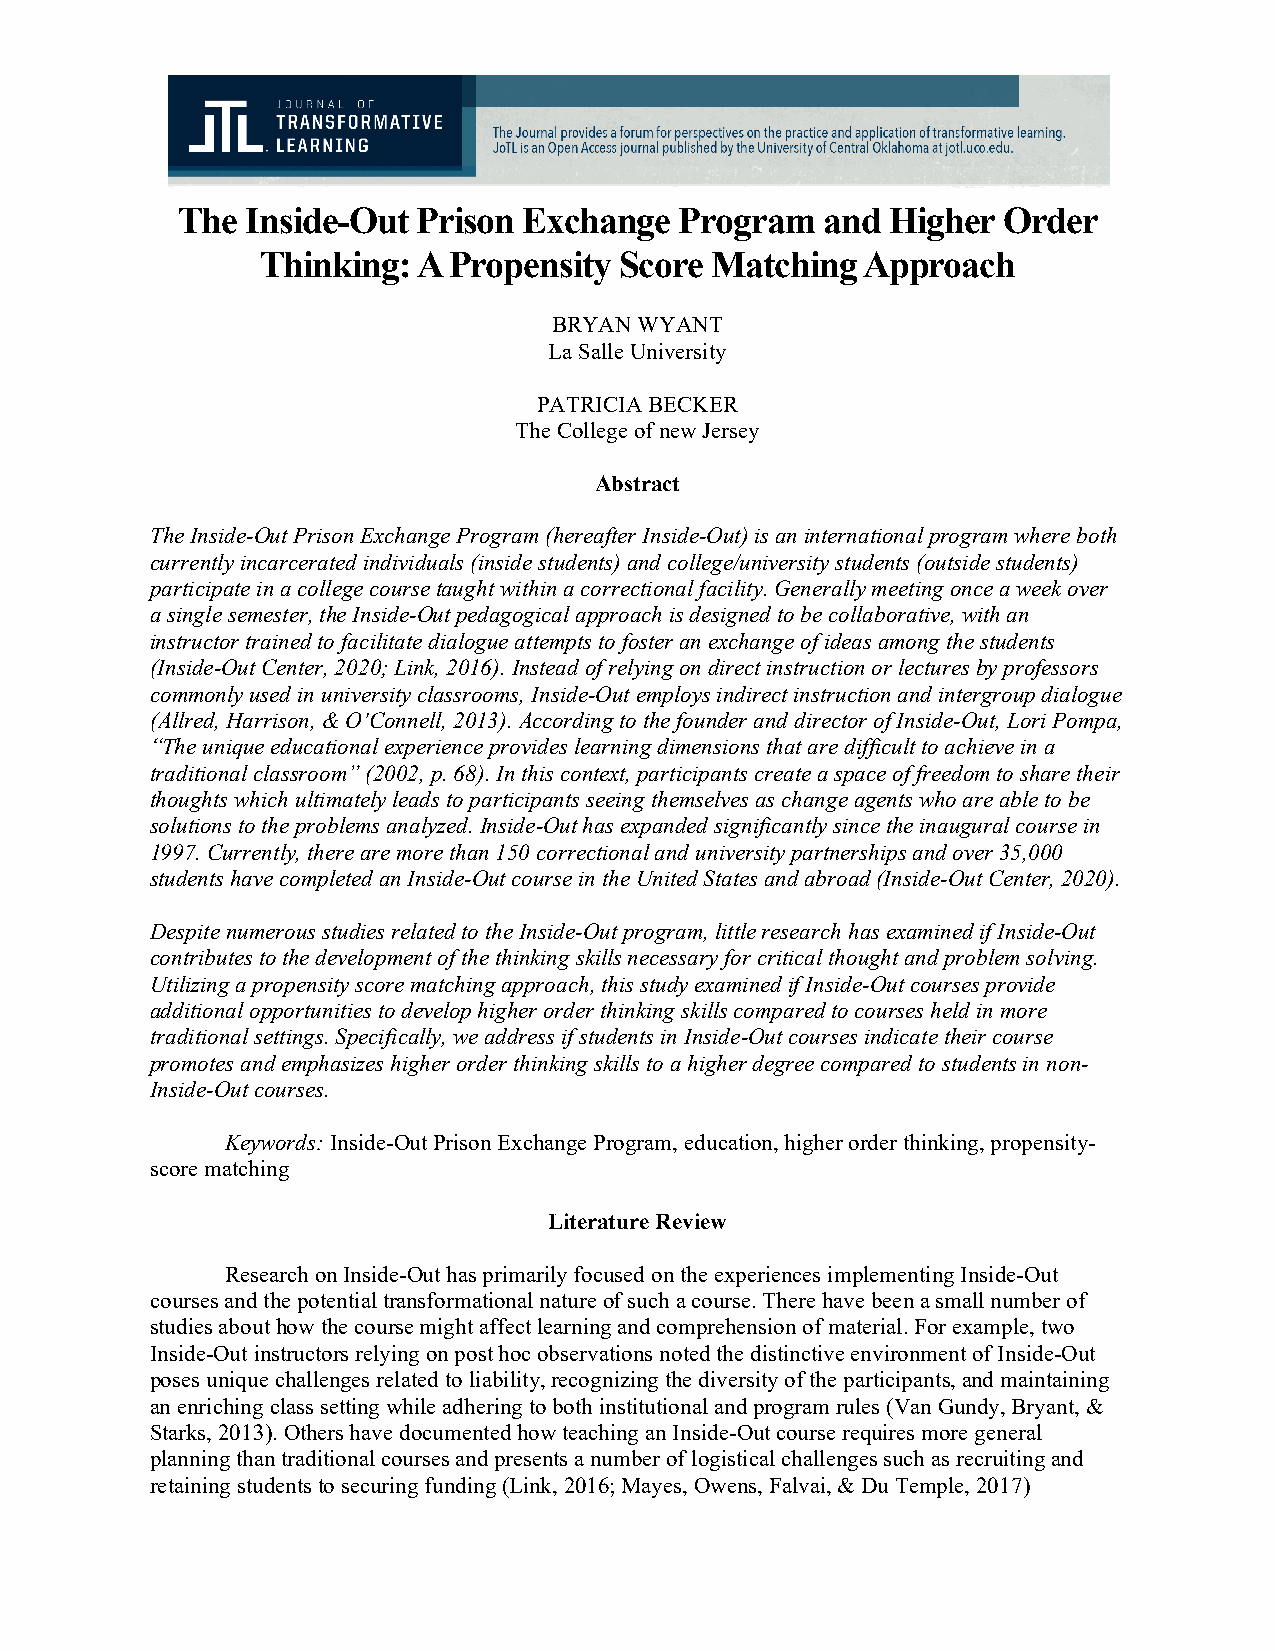
The Inside-Out  Prison Exchange  Program   and Higher Order
 Thinking:  A Propensity Score Matching  Approach
 BRYAN WYANT
 La Salle University
 PATRICIA BECKER
 The College of new Jersey
 Abstract
 The Inside-Out Prison Exchange Program (hereafter Inside-Out) is an international program where both
 currently incarcerated individuals (inside students) and college/university students (outside students)
 participate in a college course taught within a correctional facility. Generally meeting once a week over
 a single semester, the Inside-Out pedagogical approach is designed to be collaborative, with an
 instructor trained to facilitate dialogue attempts to foster an exchange of ideas among the students
 (Inside-Out Center, 2020; Link, 2016). Instead of relying on direct instruction or lectures by professors
 commonly used in university classrooms, Inside-Out employs indirect instruction and intergroup dialogue
 (Allred, Harrison, & O’Connell, 2013). According to the founder and director of Inside-Out, Lori Pompa,
 “The unique educational experience provides learning dimensions that are difficult to achieve in a
 traditional classroom” (2002, p. 68). In this context, participants create a space of freedom to share their
 thoughts which ultimately leads to participants seeing themselves as change agents who are able to be
 solutions to the problems analyzed. Inside-Out has expanded significantly since the inaugural course in
 1997. Currently, there are more than 150 correctional and university partnerships and over 35,000
 students have completed an Inside-Out course in the United States and abroad (Inside-Out Center, 2020).
 Despite numerous studies related to the Inside-Out program, little research has examined if Inside-Out
 contributes to the development of the thinking skills necessary for critical thought and problem solving.
 Utilizing a propensity score matching approach, this study examined if Inside-Out courses provide
 additional opportunities to develop higher order thinking skills compared to courses held in more
 traditional settings. Specifically, we address if students in Inside-Out courses indicate their course
 promotes and emphasizes higher order thinking skills to a higher degree compared to students in non-
 Inside-Out courses.
 Keywords: Inside-Out Prison Exchange Program, education, higher order thinking, propensity-
 score matching
 Literature Review
 Research on Inside-Out has primarily focused on the experiences implementing Inside-Out
 courses and the potential transformational nature of such a course. There have been a small number of
 studies about how the course might affect learning and comprehension of material. For example, two
 Inside-Out instructors relying on post hoc observations noted the distinctive environment of Inside-Out
 poses unique challenges related to liability, recognizing the diversity of the participants, and maintaining
 an enriching class setting while adhering to both institutional and program rules (Van Gundy, Bryant, &
 Starks, 2013). Others have documented how teaching an Inside-Out course requires more general
 planning than traditional courses and presents a number of logistical challenges such as recruiting and
 retaining students to securing funding (Link, 2016; Mayes, Owens, Falvai, & Du Temple, 2017)